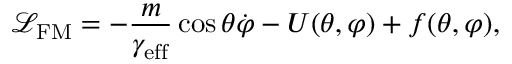
\mathcal { L } _ { \mathrm { F M } } = - \frac { m } { \gamma _ { \mathrm { e f f } } } \cos \theta \dot { \varphi } - U ( \theta , \varphi ) + f ( \theta , \varphi ) ,